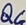
Text: Q4